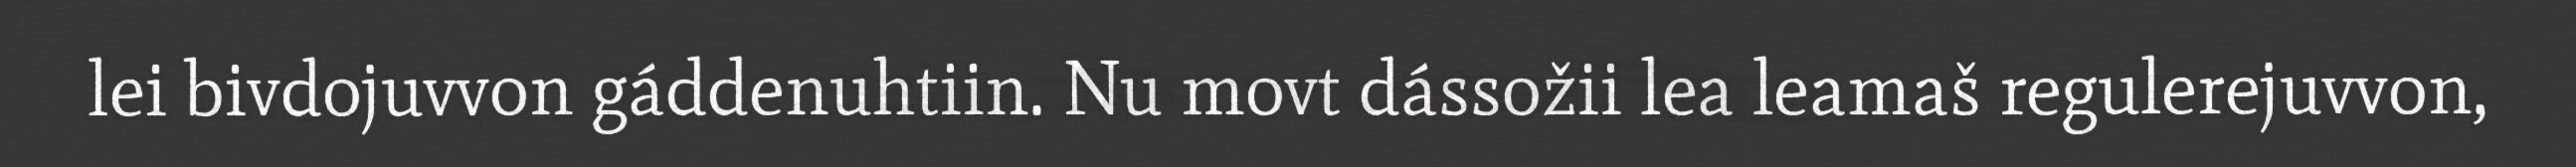
lei bivdojuvvon gáddenuhtiin. Nu movt dássožii lea leamaš regulerejuvvon,